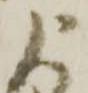
よ